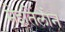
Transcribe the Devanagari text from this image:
मेइतिलोन